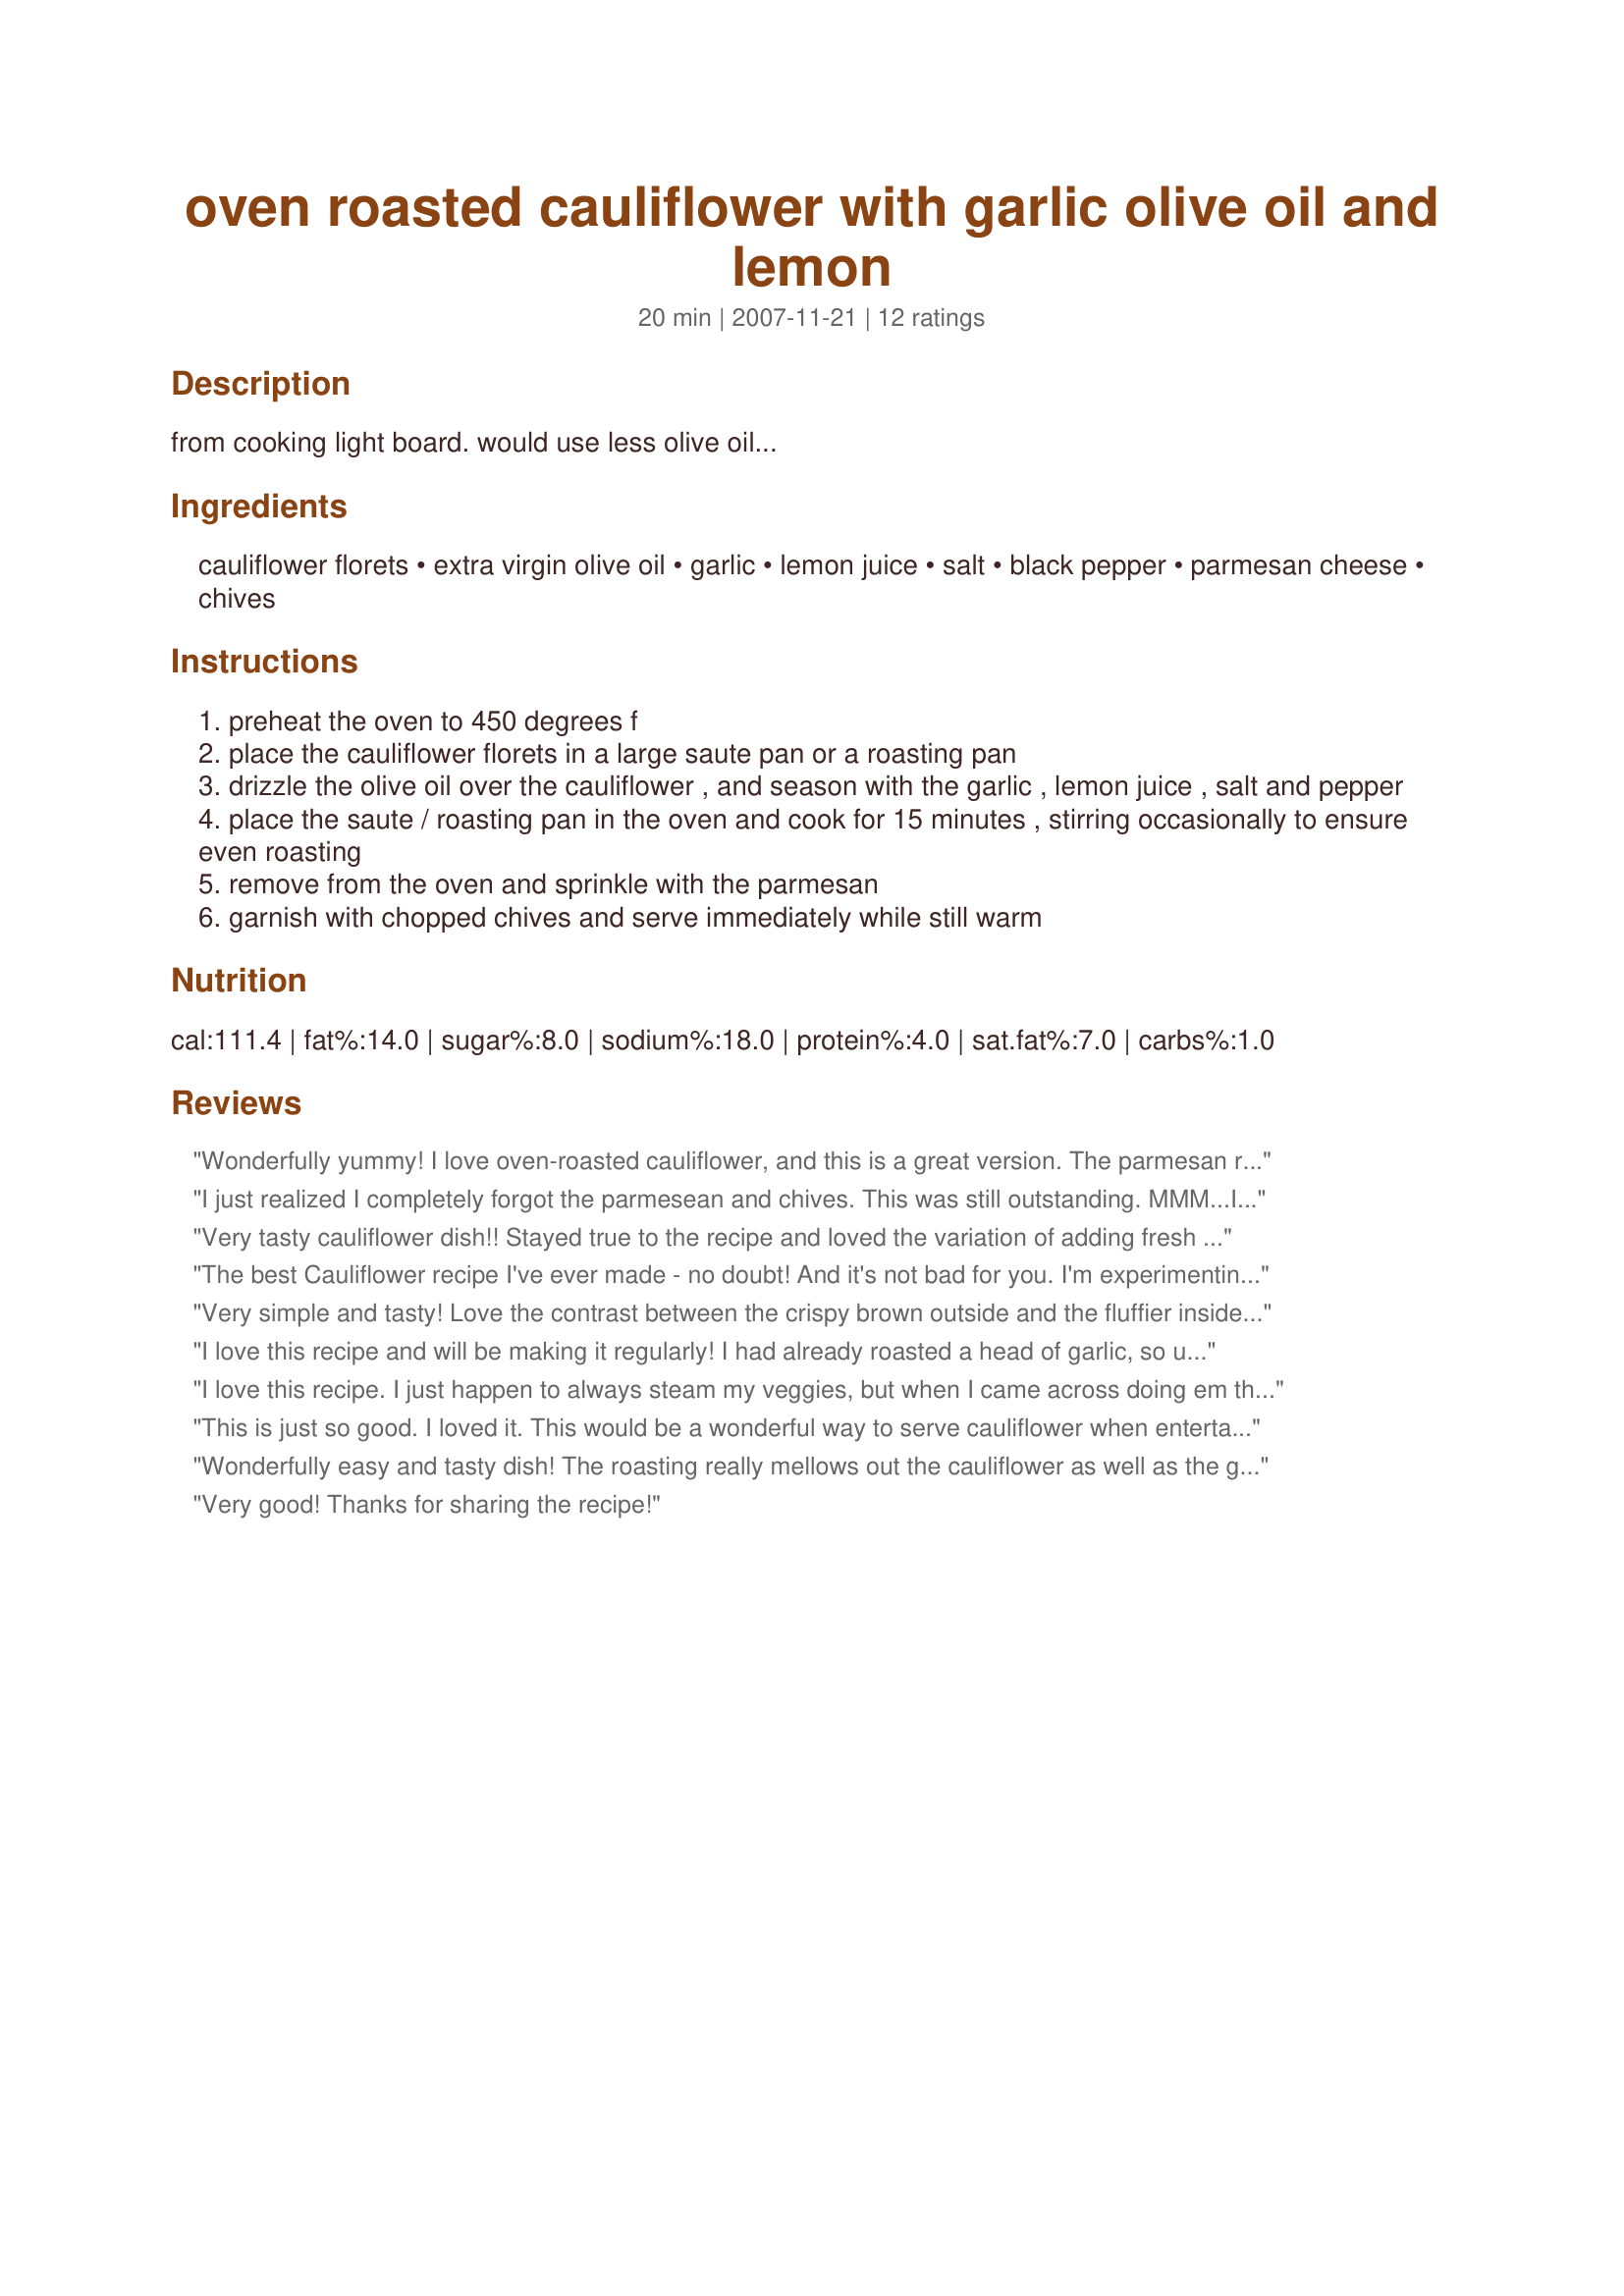
oven roasted cauliflower with garlic olive oil and lemon
Preparation time: 20 minutes

from cooking light board. would use less olive oil...

Ingredients:
cauliflower florets, extra virgin olive oil, garlic, lemon juice, salt, black pepper, parmesan cheese, chives

Steps:
preheat the oven to 450 degrees f
place the cauliflower florets in a large saute pan or a roasting pan
drizzle the olive oil over the cauliflower , and season with the garlic , lemon juice , salt and pepper
place the saute / roasting pan in the oven and cook for 15 minutes , stirring occasionally to ensure even roasting
remove from the oven and sprinkle with the parmesan
garnish with chopped chives and serve immediately while still warm

Reviews:
Wonderfully yummy! I love oven-roasted cauliflower, and this is a great version. The parmesan really gave it a nice, toasty-cheesy topping. A keeper.
I just realized I completely forgot the parmesean and chives. This was still outstanding. MMM...I could have eaten the whole pan. Thanks for another great recipe Redsie!
Very tasty cauliflower dish!! Stayed true to the recipe and loved the variation of adding fresh lemon juice to it. VERY different from anything else I've made and the whole family adored it. Thanks for posting.
The best Cauliflower recipe I've ever made - no doubt! And it's not bad for you. I'm experimenting with roasting vegetables and can not believe what I've been missing. If you like this try simple roasted asparagus or blackended brussels sprouts - (not roasted - but similar in flavor.)
Very simple and tasty! Love the contrast between the crispy brown outside and the fluffier inside. Next time I may finish under the broiler for more color. Thanks!
I love this recipe and will be making it regularly! I had already roasted a head of garlic, so used several cloves in the mix and omitted the butter entirely. I also used freshly squeezed half a lemon. I have refrigerated it for several lunches this week and did not use the parmesan cheese....a low fat and cholesterol dish!
I love this recipe. I just happen to always steam my veggies, but when I came across doing em this way, well, it was a no-brainer. DELISH!! Thanks for a great keeper Celine.~
Made for ZaarStars!
This is just so good. I loved it. This would be a wonderful way to serve cauliflower when entertaining.
Wonderfully easy and tasty dish! The roasting really mellows out the cauliflower as well as the garlic slices. Rather than the 1/4 cup of EVOO, I just sprayed it liberally using my Mr Mister then tossed it around. The chives were a great finishing touch. Thanks for sharing your recipe.
Very good! Thanks for sharing the recipe!
Yum! I cut the cauliflower up smaller and really enjoyed the garlic and lemon juice in it! Thanks for a yummy recipe! Made for PAC spring 2009!
This was well received by my family. The flavors were great I love the kick the lemon gives it. I had found a great deal on colored cauliflower so I made it using white, orange and purple. The kept their colors as you can see in the picture I posted.
